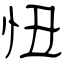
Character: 忸